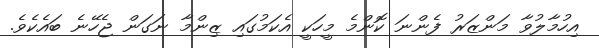
އިހުމާލުވާ މަންޒަރު ފެންނަ ކޮންމެ މީހަކީ އެކަމުގައި ޒިންމާ ނަގަން ޖެހޭނެ ބައެކެވެ.